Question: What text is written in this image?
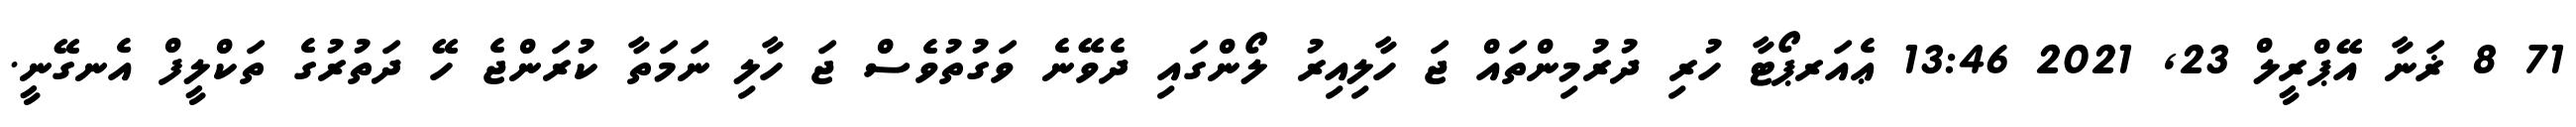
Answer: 71 8 ޜަނާ އޭޕްރީލް 23, 2021 13:46 ޢެއަރޕޯޓާ ހުރި ދުރުމިންތައް ޖަ ހާލިއިރު ލޯންގައި ދެވޭނެ ވަގުތުވެސް ޖަ ހާލި ނަމަތާ ކުރަންޖެ ހޭ ދަތުރުގެ ތަކްލީފް އެނގޭނީ.